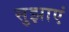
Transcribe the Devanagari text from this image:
सुझाएं